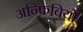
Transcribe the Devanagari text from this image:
अन्फिबियो